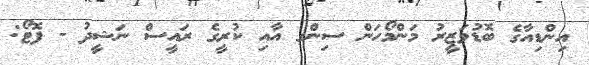
އިންޑިއާގެ ބޮޑުވަޒީރު މަންމޯހަން ސިންގ އާއި ކުރީގެ ރައީސް ނަޝީދު - ފޮޓޯ: